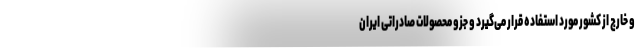
و خارج از کشور مورد استفاده قرار می‌گیرد و جزو محصولات صادراتی ایران